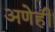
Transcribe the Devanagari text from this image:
अणेही